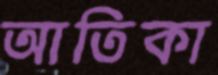
আতিকা